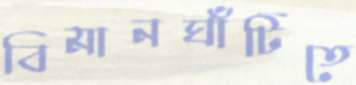
বিমানঘাঁটিতে